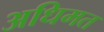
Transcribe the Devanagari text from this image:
अधिमत